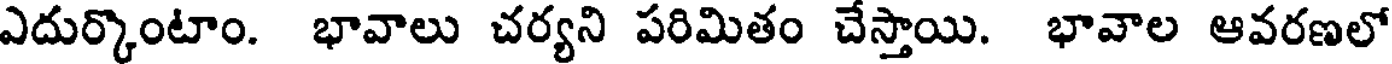
ఎదుర్కొంటాం. భావాలు చర్యని పరిమితం చేస్తాయి. భావాల ఆవరణలో